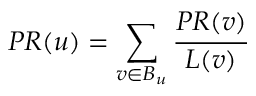
P R ( u ) = \sum _ { v \in B _ { u } } { \frac { P R ( v ) } { L ( v ) } }